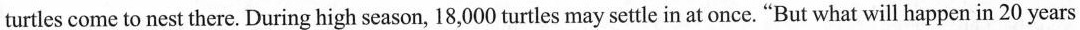
turtles come to nest there. During high season, 18,000 turtles may settle in at once. "But what will happen in 20 years